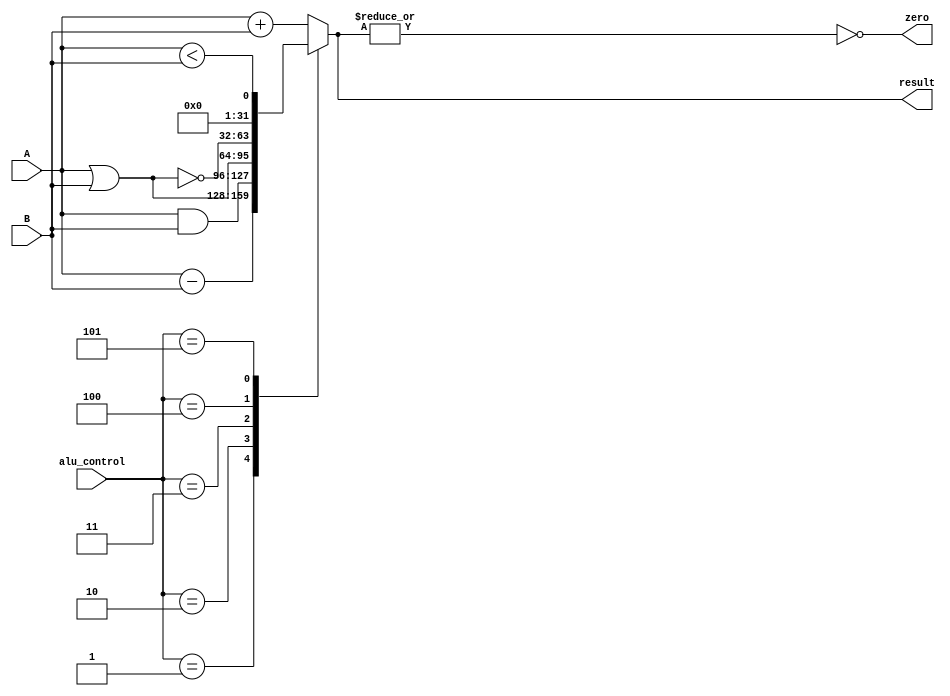
module Alu_Core(
	A,
	B,
	alu_control,
	result,
	zero
    );

input [31:0] A;
input [31:0] B;
input [2:0] alu_control;
output reg [31:0] result;
output wire zero;

assign zero = !(|result);

always @ (*)
begin
	case(alu_control)
	3'h0: result = A + B;
	3'h1: result = A - B;
	3'h2: result = A & B;
	3'h3: result = A | B;
	3'h4: result = ~(A | B);
	3'h5: result = (A < B);
	default: result = A + B;
	endcase
end
endmodule